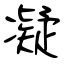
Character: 凝